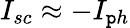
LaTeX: I_{sc}\approx-I_{\mathtt{p}h}